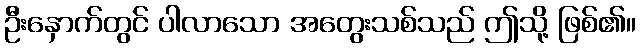
ဦးနှောက်တွင် ပါလာသော အတွေးသစ်သည် ဤသို့ ဖြစ်၏။